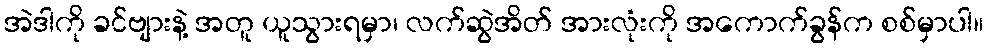
အဲဒါကို ခင်ဗျားနဲ့ အတူ ယူသွားရမှာ၊ လက်ဆွဲအိတ် အားလုံးကို အကောက်ခွန်က စစ်မှာပါ။